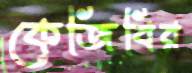
কেজিবির